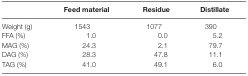
|  | Feed material | Residue | Distillate |
 | --- | --- | --- | --- |
 | Weight (g) | 1543 | 1077 | 390 |
 | FFA (%) | 1.0 | 0.0 | 5.2 |
 | MAG (%) | 24.3 | 2.1 | 79.7 |
 | DAG (%) | 28.3 | 47.8 | 11.1 |
 | TAG (%) | 41.0 | 49.1 | 6.0 |